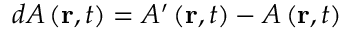
d A \left( \mathbf { r } , t \right) = A ^ { \prime } \left( \mathbf { r } , t \right) - A \left( \mathbf { r } , t \right)